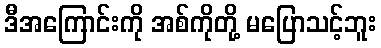
ဒီအကြောင်းကို အစ်ကိုတို့ မပြောသင့်ဘူး